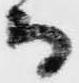
而